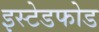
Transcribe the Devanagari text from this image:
इस्टेडफोड